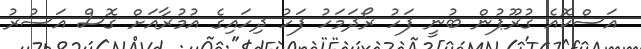
އަސްކޮއެ ގުރޫޕުން ބުނީ ފަހު ރޯދަމަހު ފަހު ދިހައިގެ އުމުރާއަށް ގޮސް އަސުރު